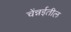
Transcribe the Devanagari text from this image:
चेंन्नईतील